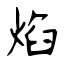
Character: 焰